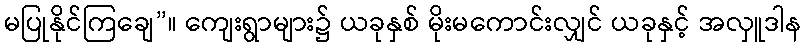
မပြုနိုင်ကြချေ”။ ကျေးရွာများ၌ ယခုနှစ် မိုးမကောင်းလျှင် ယခုနှင့် အလှူဒါန